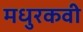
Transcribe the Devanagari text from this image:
मधुरकवी